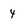
Character: y